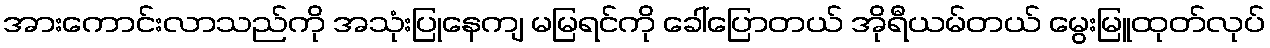
အားကောင်းလာသည်ကို အသုံးပြုနေကျ မမြရင်ကို ခေါ်ပြောတယ် အိုရီယမ်တယ် မွေးမြူထုတ်လုပ်